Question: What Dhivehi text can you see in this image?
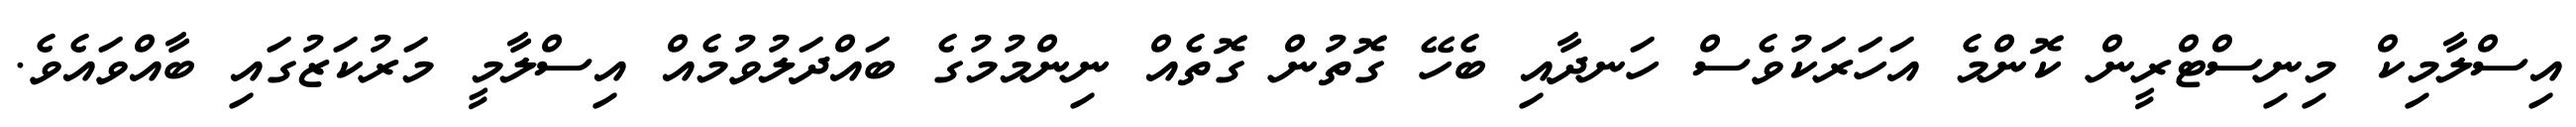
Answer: އިސްލާމިކް މިނިސްޓްރީން ކޮންމެ އަހަރަކުވެސް ހަނދާއި ބެހޭ ގޮތުން ގޮތެއް ނިންމުމުގެ ބައްދަލުވުމެއް އިސްލާމީ މަރުކަޒުގައި ބާއްވައެވެ.